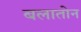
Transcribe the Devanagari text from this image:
बलातोन